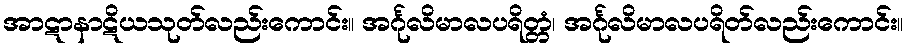
အာဋာနာဋိယသုတ်လည်းကောင်း။ အင်္ဂုလိမာလပရိတ္တံ၊ အင်္ဂုလိမာလပရိတ်လည်းကောင်း။